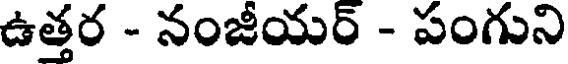
ఉత్తర - నంజీయర్ - పంగుని